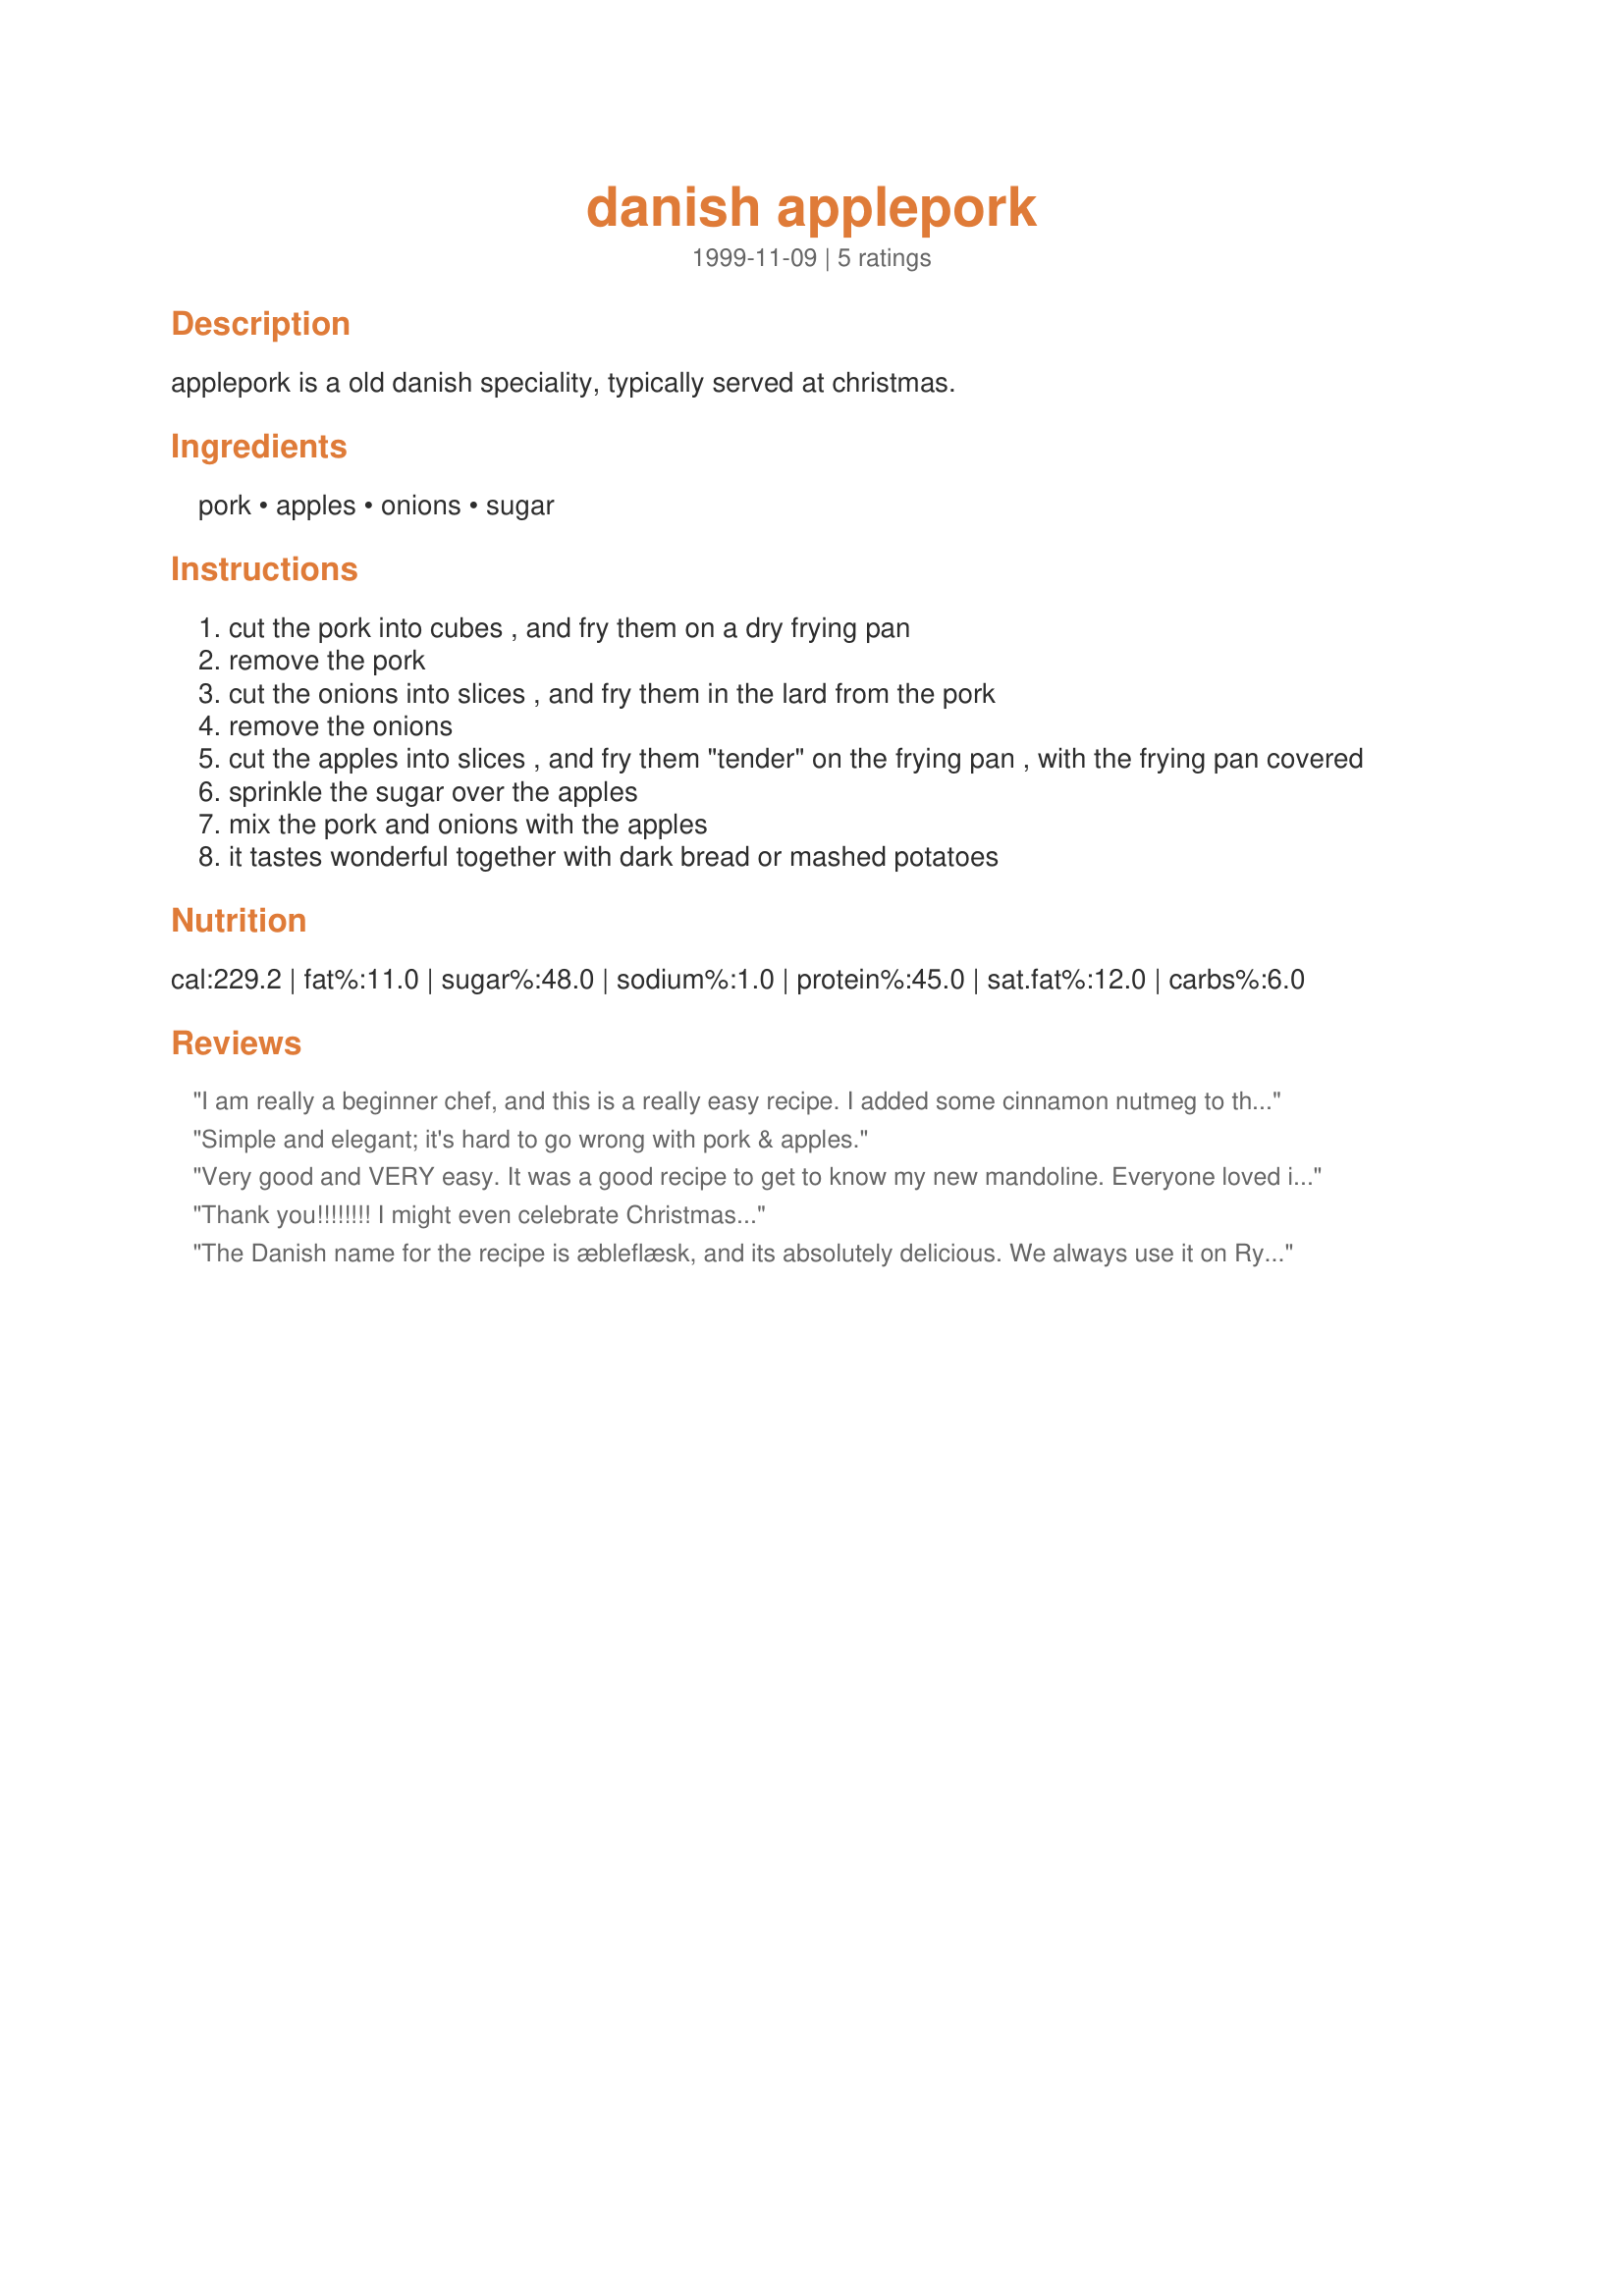
danish applepork
Preparation time: 0 minutes

applepork is a old danish speciality, typically served at christmas.

Ingredients:
pork, apples, onions, sugar

Steps:
cut the pork into cubes , and fry them on a dry frying pan
remove the pork
cut the onions into slices , and fry them in the lard from the pork
remove the onions
cut the apples into slices , and fry them "tender" on the frying pan , with the frying pan covered
sprinkle the sugar over the apples
mix the pork and onions with the apples
it tastes wonderful together with dark bread or mashed potatoes

Reviews:
I am really a beginner chef, and this is a really easy recipe. I added some cinnamon nutmeg to the sugar before I put it on the apples and it was great.
Simple and elegant; it's hard to go wrong with pork & apples.
Very good and VERY easy. It was a good recipe to get to know my new mandoline. Everyone loved it and the only change I will make next time is to try Splenda instead of sugar. Thanks for posting!
Thank you!!!!!!!! I might even celebrate Christmas...
The Danish name for the recipe is æbleflæsk, and its absolutely delicious. We always use it on Rye Bread as an open sandwich. Thank you... Lene
